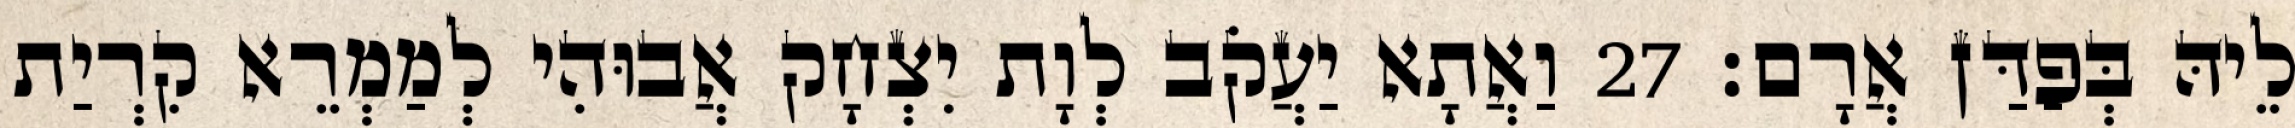
לֵיהּ בְּפַדַּן אֲרָם׃ 27 וַאֲתָא יַעֲקֹב לְוָת יִצְחָק אֲבוּהִי לְמַמְרֵא קִרְיַת